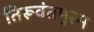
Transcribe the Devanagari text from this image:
तिरूवंतपुरम